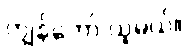
ကျွန်တော် ယူမယ်။